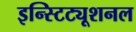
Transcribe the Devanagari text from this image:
इन्स्टिट्यूशनल